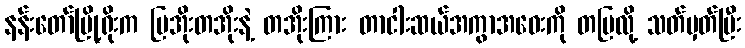
နန်းတော်မြို့ရိုးက ပြအိုးတအိုးနဲ့ တအိုးကြား တာငါးဆယ်အကွာအဝေးကို တပြလို့ သတ်မှတ်ပြီး